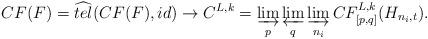
LaTeX: \begin{align*}CF(F)= \widehat{tel}(CF(F), id)\rightarrow C^{L,k}=\varinjlim_{p}\varprojlim_{q}\varinjlim_{n_{i}}CF^{L,k}_{[p,q]}(H_{n_{i},t}).\end{align*}